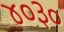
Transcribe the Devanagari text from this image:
४०३०